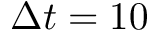
\Delta t = 1 0